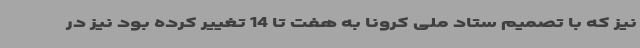
نیز که با تصمیم ستاد ملی کرونا به هفت تا 14 تغییر کرده بود نیز در